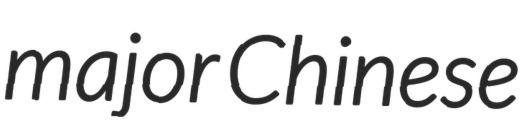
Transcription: major Chinese